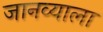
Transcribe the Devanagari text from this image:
जानव्याला